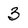
Character: 3